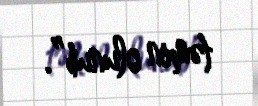
təmin olunub”.